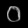
Digit: ၀